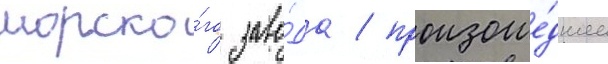
морско́го заво́да / произоше́дшее